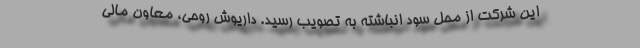
این شرکت از محل سود انباشته به تصویب رسید. داریوش روحی، معاون مالی